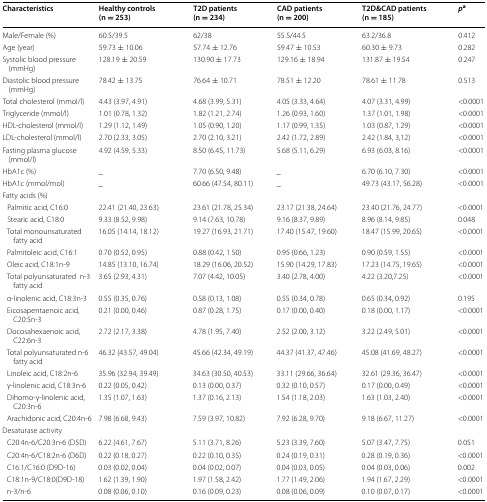
<table><thead><tr><td><b>Characteristics</b></td><td><b>Healthy controls (n = 253)</b></td><td><b>T2D patients (n = 234)</b></td><td><b>CAD patients (n = 200)</b></td><td><b>T2D&amp;CAD patients (n = 185)</b></td><td><b><i>p</i><sup>a</sup></b></td></tr></thead><tbody><tr><td>Male/Female (%)</td><td>60.5/39.5</td><td>62/38</td><td>55.5/44.5</td><td>63.2/36.8</td><td>0.412</td></tr><tr><td>Age (year)</td><td>59.73 ± 10.06</td><td>57.74 ± 12.76</td><td>59.47 ± 10.53</td><td>60.30 ± 9.73</td><td>0.282</td></tr><tr><td>Systolic blood pressure (mmHg)</td><td>128.19 ± 20.59</td><td>130.90 ± 17.73</td><td>129.16 ± 18.94</td><td>131.87 ± 19.54</td><td>0.247</td></tr><tr><td>Diastolic blood pressure (mmHg)</td><td>78.42 ± 13.75</td><td>76.64 ± 10.71</td><td>78.51 ± 12.20</td><td>78.61 ± 11.78</td><td>0.513</td></tr><tr><td>Total cholesterol (mmol/l)</td><td>4.43 (3.97, 4.91)</td><td>4.68 (3.99, 5.31)</td><td>4.05 (3.33, 4.64)</td><td>4.07 (3.31, 4.99)</td><td>&lt;0.0001</td></tr><tr><td>Triglyceride (mmol/l)</td><td>1.01 (0.78, 1.32)</td><td>1.82 (1.21, 2.74)</td><td>1.26 (0.93, 1.60)</td><td>1.37 (1.01, 1.98)</td><td>&lt;0.0001</td></tr><tr><td>HDL-cholesterol (mmol/l)</td><td>1.29 (1.12, 1.49)</td><td>1.05 (0.90, 1.20)</td><td>1.17 (0.99, 1.35)</td><td>1.03 (0.87, 1.29)</td><td>&lt;0.0001</td></tr><tr><td>LDL-cholesterol (mmol/l)</td><td>2.70 (2.33, 3.05)</td><td>2.70 (2.10, 3.21)</td><td>2.42 (1.72, 2.89)</td><td>2.42 (1.84, 3,12)</td><td>&lt;0.0001</td></tr><tr><td>Fasting plasma glucose (mmol/l)</td><td>4.92 (4.59, 5.33)</td><td>8.50 (6.45, 11.73)</td><td>5.68 (5.11, 6.29)</td><td>6.93 (6.03, 8.16)</td><td>&lt;0.0001</td></tr><tr><td>HbA1c (%)</td><td>_</td><td>7.70 (6.50, 9.48)</td><td>_</td><td>6.70 (6.10, 7.30)</td><td>&lt;0.0001</td></tr><tr><td>HbA1c (mmol/mol)</td><td>_</td><td>60.66 (47.54, 80.11)</td><td>_</td><td>49.73 (43.17, 56.28)</td><td>&lt;0.0001</td></tr><tr><td colspan="6">Fatty acids (%)</td></tr><tr><td> Palmitic acid, C16:0</td><td>22.41 (21.40, 23.63)</td><td>23.61 (21.78, 25.34)</td><td>23.17 (21.38, 24.64)</td><td>23.40 (21.76, 24.77)</td><td>&lt;0.0001</td></tr><tr><td> Stearic acid, C18:0</td><td>9.33 (8.52, 9.98)</td><td>9.14 (7.63, 10.78)</td><td>9.16 (8.37, 9.89)</td><td>8.96 (8.14, 9.85)</td><td>0.048</td></tr><tr><td> Total monounsaturated fatty acid</td><td>16.05 (14.14, 18.12)</td><td>19.27 (16.93, 21.71)</td><td>17.40 (15.47, 19.60)</td><td>18.47 (15.99, 20.65)</td><td>&lt;0.0001</td></tr><tr><td> Palmitoleic acid, C16:1</td><td>0.70 (0.52, 0.95)</td><td>0.88 (0.42, 1.50)</td><td>0.95 (0.66, 1.23)</td><td>0.90 (0.59, 1.55)</td><td>&lt;0.0001</td></tr><tr><td> Oleic acid, C18:1n-9</td><td>14.85 (13.10, 16.74)</td><td>18.29 (16.06, 20.52)</td><td>15.90 (14.29, 17.83)</td><td>17.23 (14.75, 19.65)</td><td>&lt;0.0001</td></tr><tr><td> Total polyunsaturatedn-3 fatty acid</td><td>3.65 (2.93, 4.31)</td><td>7.07 (4.42, 10.05)</td><td>3.40 (2.78, 4.00)</td><td>4.22 (3.20,7.25)</td><td>&lt;0.0001</td></tr><tr><td> α-linolenic acid, C18:3n-3</td><td>0.55 (0.35, 0.76)</td><td>0.58 (0.13, 1.08)</td><td>0.55 (0.34, 0.78)</td><td>0.65 (0.34, 0.92)</td><td>0.195</td></tr><tr><td> Eicosapentaenoic acid, C20:5n-3</td><td>0.21 (0.00, 0.46)</td><td>0.87 (0.28, 1.75)</td><td>0.17 (0.00, 0.40)</td><td>0.18 (0.00, 1.17)</td><td>&lt;0.0001</td></tr><tr><td> Docosahexaenoic acid, C22:6n-3</td><td>2.72 (2.17, 3.38)</td><td>4.78 (1.95, 7.40)</td><td>2.52 (2.00, 3.12)</td><td>3.22 (2.49, 5.01)</td><td>&lt;0.0001</td></tr><tr><td> Total polyunsaturated n-6 fatty acid</td><td>46.32 (43.57, 49.04)</td><td>45.66 (42.34, 49.19)</td><td>44.37 (41.37, 47.46)</td><td>45.08 (41.69, 48.27)</td><td>&lt;0.0001</td></tr><tr><td> Linoleic acid, C18:2n-6</td><td>35.96 (32.94, 39.49)</td><td>34.63 (30.50, 40.53)</td><td>33.11 (29.66, 36.64)</td><td>32.61 (29.36, 36.47)</td><td>&lt;0.0001</td></tr><tr><td> γ-linolenic acid, C18:3n-6</td><td>0.22 (0.05, 0.42)</td><td>0.13 (0.00, 0.37)</td><td>0.32 (0.10, 0.57)</td><td>0.17 (0.00, 0.49)</td><td>&lt;0.0001</td></tr><tr><td> Dihomo-γ-linolenic acid, C20:3n-6</td><td>1.35 (1.07, 1.63)</td><td>1.37 (0.16, 2.13)</td><td>1.54 (1.18, 2.03)</td><td>1.63 (1.03, 2.40)</td><td>&lt;0.0001</td></tr><tr><td> Arachidonic acid, C20:4n-6</td><td>7.98 (6.68, 9.43)</td><td>7.59 (3.97, 10.82)</td><td>7.92 (6.28, 9.70)</td><td>9.18 (6.67, 11.27)</td><td>&lt;0.0001</td></tr><tr><td colspan="6">Desaturase activity</td></tr><tr><td> C20:4n-6/C20:3n-6 (D5D)</td><td>6.22 (4.61, 7.67)</td><td>5.11 (3.71, 8.26)</td><td>5.23 (3.39, 7.60)</td><td>5.07 (3.47, 7.75)</td><td>0.051</td></tr><tr><td> C20:4n-6/C18:2n-6 (D6D)</td><td>0.22 (0.18, 0.27)</td><td>0.22 (0.10, 0.35)</td><td>0.24 (0.19, 0.31)</td><td>0.28 (0.19, 0.36)</td><td>&lt;0.0001</td></tr><tr><td> C16:1/C16:0 (D9D-16)</td><td>0.03 (0.02, 0.04)</td><td>0.04 (0.02, 0.07)</td><td>0.04 (0.03, 0.05)</td><td>0.04 (0.03, 0.06)</td><td>0.002</td></tr><tr><td> C18:1n-9/C18:0(D9D-18)</td><td>1.62 (1.39, 1.90)</td><td>1.97 (1.58, 2.42)</td><td>1.77 (1.49, 2.06)</td><td>1.94 (1.67, 2.29)</td><td>&lt;0.0001</td></tr><tr><td> n-3/n-6</td><td>0.08 (0.06, 0.10)</td><td>0.16 (0.09, 0.23)</td><td>0.08 (0.06, 0.09)</td><td>0.10 (0.07, 0.17)</td><td>&lt;0.0001</td></tr></tbody></table>